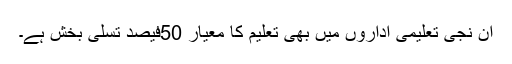
ان نجی تعلیمی اداروں میں بھی تعلیم کا معیار 50فیصد تسلی بخش ہے۔